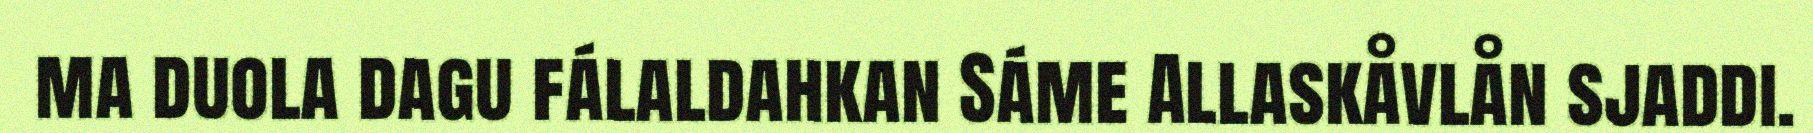
ma duola dagu fálaldahkan Sáme Allaskåvlån sjaddi.